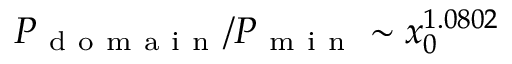
P _ { \mathrm { ~ d ~ o ~ m ~ a ~ i ~ n ~ } } / P _ { \mathrm { ~ m ~ i ~ n ~ } } \sim x _ { 0 } ^ { 1 . 0 8 0 2 }